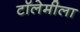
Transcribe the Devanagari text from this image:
टॉलेमीला